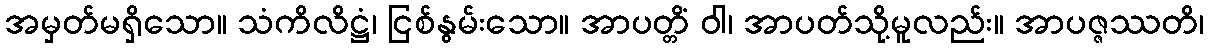
အမှတ်မရှိသော။ သံကိလိဋ္ဌံ၊ ငြစ်နွမ်းသော။ အာပတ္တိံ ဝါ၊ အာပတ်သို့မူလည်း။ အာပဇ္ဇဿတိ၊